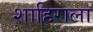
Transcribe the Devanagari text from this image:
शाहिराला